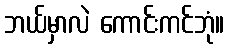
ဘယ်မှာလဲ ကောင်းကင်ဘုံ။